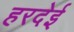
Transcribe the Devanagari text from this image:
हरदेई